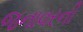
જનાવરની